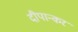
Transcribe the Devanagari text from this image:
दीपान्कर